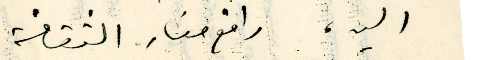
اليه، رافع منار الثقافة